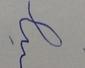
Signature authenticity: forged